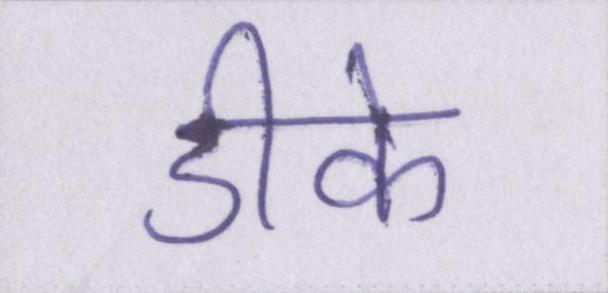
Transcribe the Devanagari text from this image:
डीके